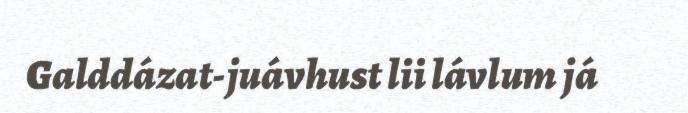
Galddázat-juávhust lii lávlum já